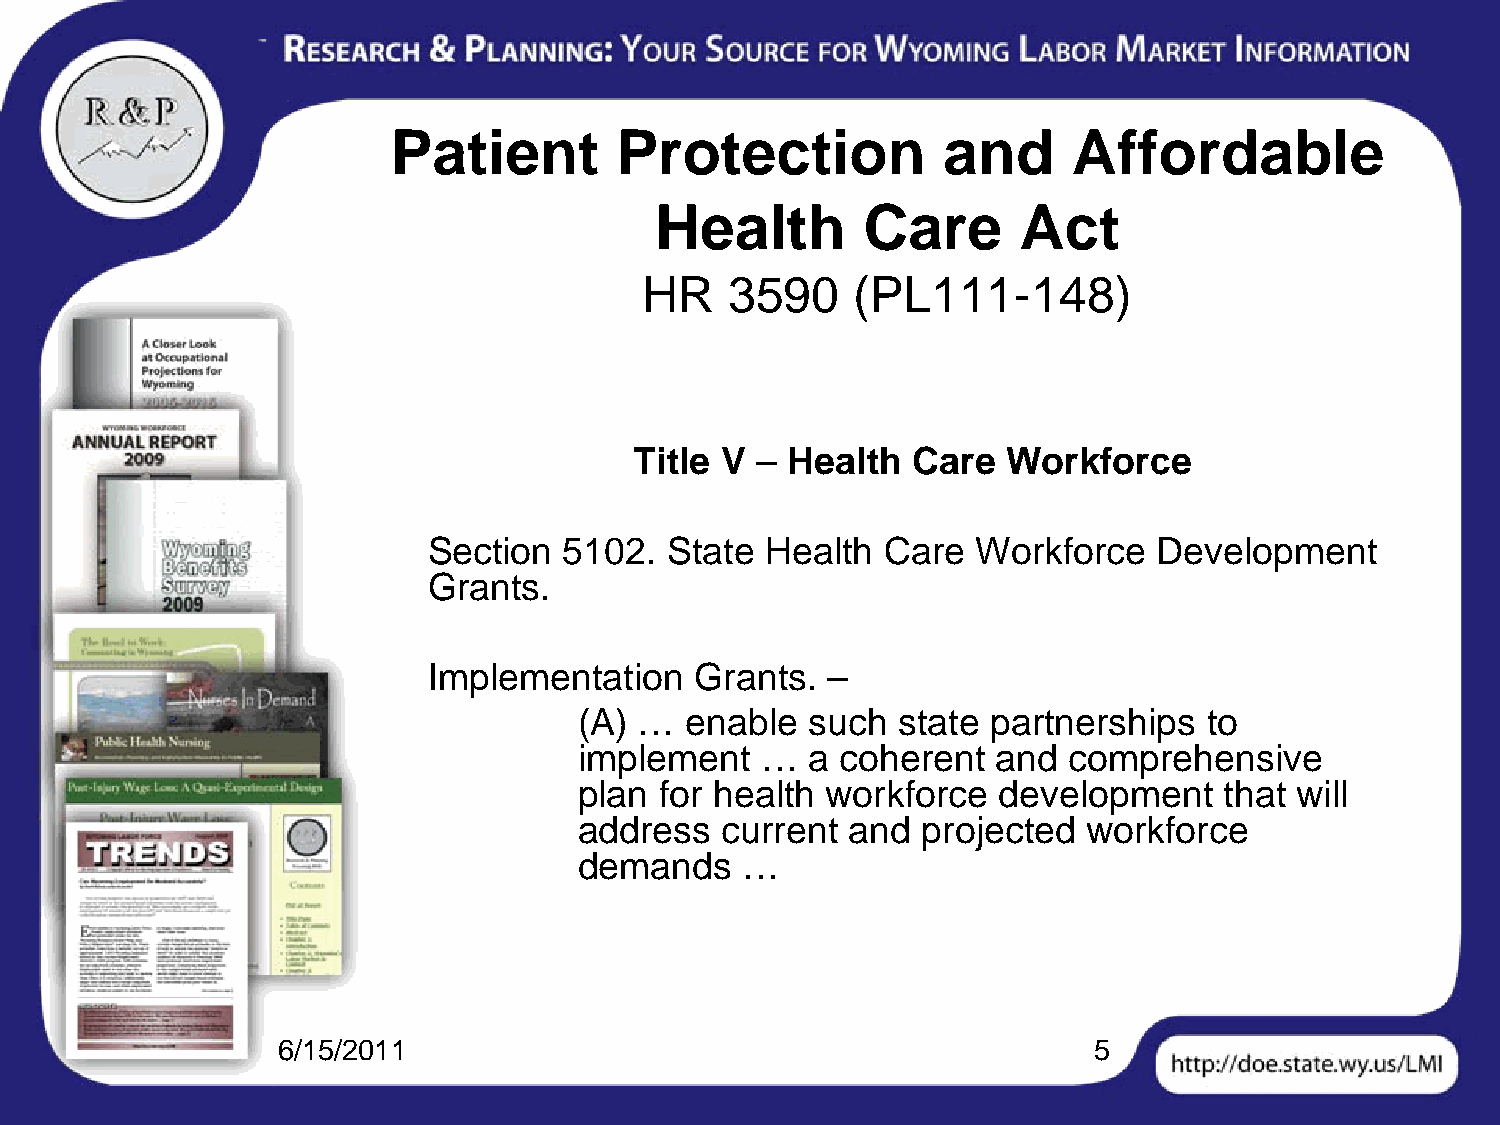
Patient        Protection           and      Affordable
 Health        Care      Act
 HR   3590     (PL111-148)
 Title V – Health  Care   Workforce
 Section  5102.  State  Health Care   Workforce   Development
 Grants.
 Implementation    Grants.  –
 (A) …  enable   such state  partnerships  to
 implement   …   a coherent  and  comprehensive
 plan  for health workforce  development    that will
 address   current and  projected  workforce
 demands    …
 6/15/2011                                             5